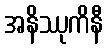
အနိဿုကိနီ